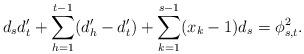
LaTeX: \begin{align*}d_{s}d'_{t}+\sum_{h=1}^{t-1}(d'_{h}-d'_{t})+ \sum_{k=1}^{s-1}(x_{k}-1)d_{s} = \phi^{2}_{s,t}.\end{align*}